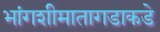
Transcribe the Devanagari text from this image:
भांगशीमातागडाकडे